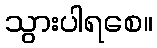
သွားပါရစေ။